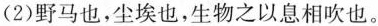
(2)野马也，尘埃也，生物之以息相吹也。